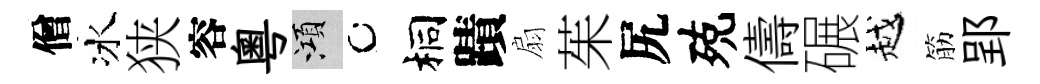
僧冰狭容粵澒桐蹟扇茱尻殑儔碾越筋郢